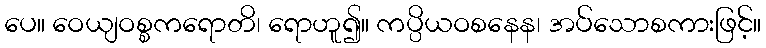
ပေ။ ဝေယျဝစ္စကရောတိ၊ ရောဟူ၍။ ကပ္ပိယဝစနေန၊ အပ်သောစကားဖြင့်။